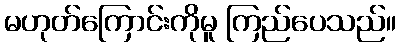
မဟုတ်ကြောင်းကိုမူ ကြည်ပေသည်။